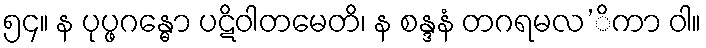
၅၄။ န ပုပ္ဖဂန္ဓော ပဋိဝါတမေတိ၊ န စန္ဒနံ တဂရမလ’ိကာ ဝါ။